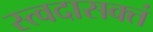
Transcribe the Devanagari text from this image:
स्त्वदासक्तं